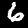
Digit: 6